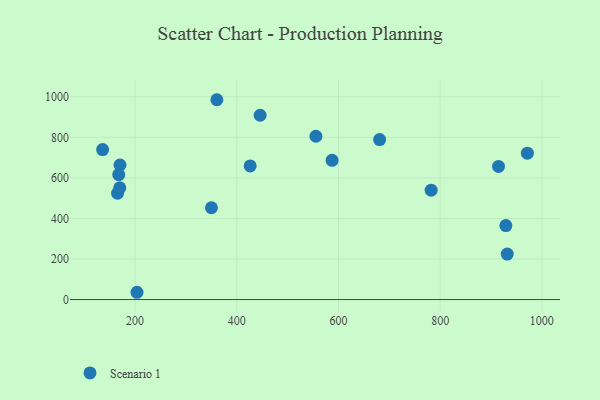
{"axis": {"x": "Engine Size", "y": "Yield"}, "legend": ["Scenario 1"], "data": [{"x": "170.3", "y": 663.6, "type": "Scenario 1"}, {"x": "971.5", "y": 721.9, "type": "Scenario 1"}, {"x": "203.7", "y": 35.9, "type": "Scenario 1"}, {"x": "929.2", "y": 365.0, "type": "Scenario 1"}, {"x": "169.8", "y": 551.0, "type": "Scenario 1"}, {"x": "931.9", "y": 224.2, "type": "Scenario 1"}, {"x": "426.3", "y": 658.9, "type": "Scenario 1"}, {"x": "360.8", "y": 985.4, "type": "Scenario 1"}, {"x": "350.1", "y": 452.6, "type": "Scenario 1"}, {"x": "165.4", "y": 524.2, "type": "Scenario 1"}, {"x": "914.7", "y": 656.4, "type": "Scenario 1"}, {"x": "445.9", "y": 908.9, "type": "Scenario 1"}, {"x": "555.6", "y": 805.2, "type": "Scenario 1"}, {"x": "680.9", "y": 788.8, "type": "Scenario 1"}, {"x": "587.4", "y": 686.5, "type": "Scenario 1"}, {"x": "782.3", "y": 539.5, "type": "Scenario 1"}, {"x": "167.8", "y": 616.3, "type": "Scenario 1"}, {"x": "136.1", "y": 739.7, "type": "Scenario 1"}]}